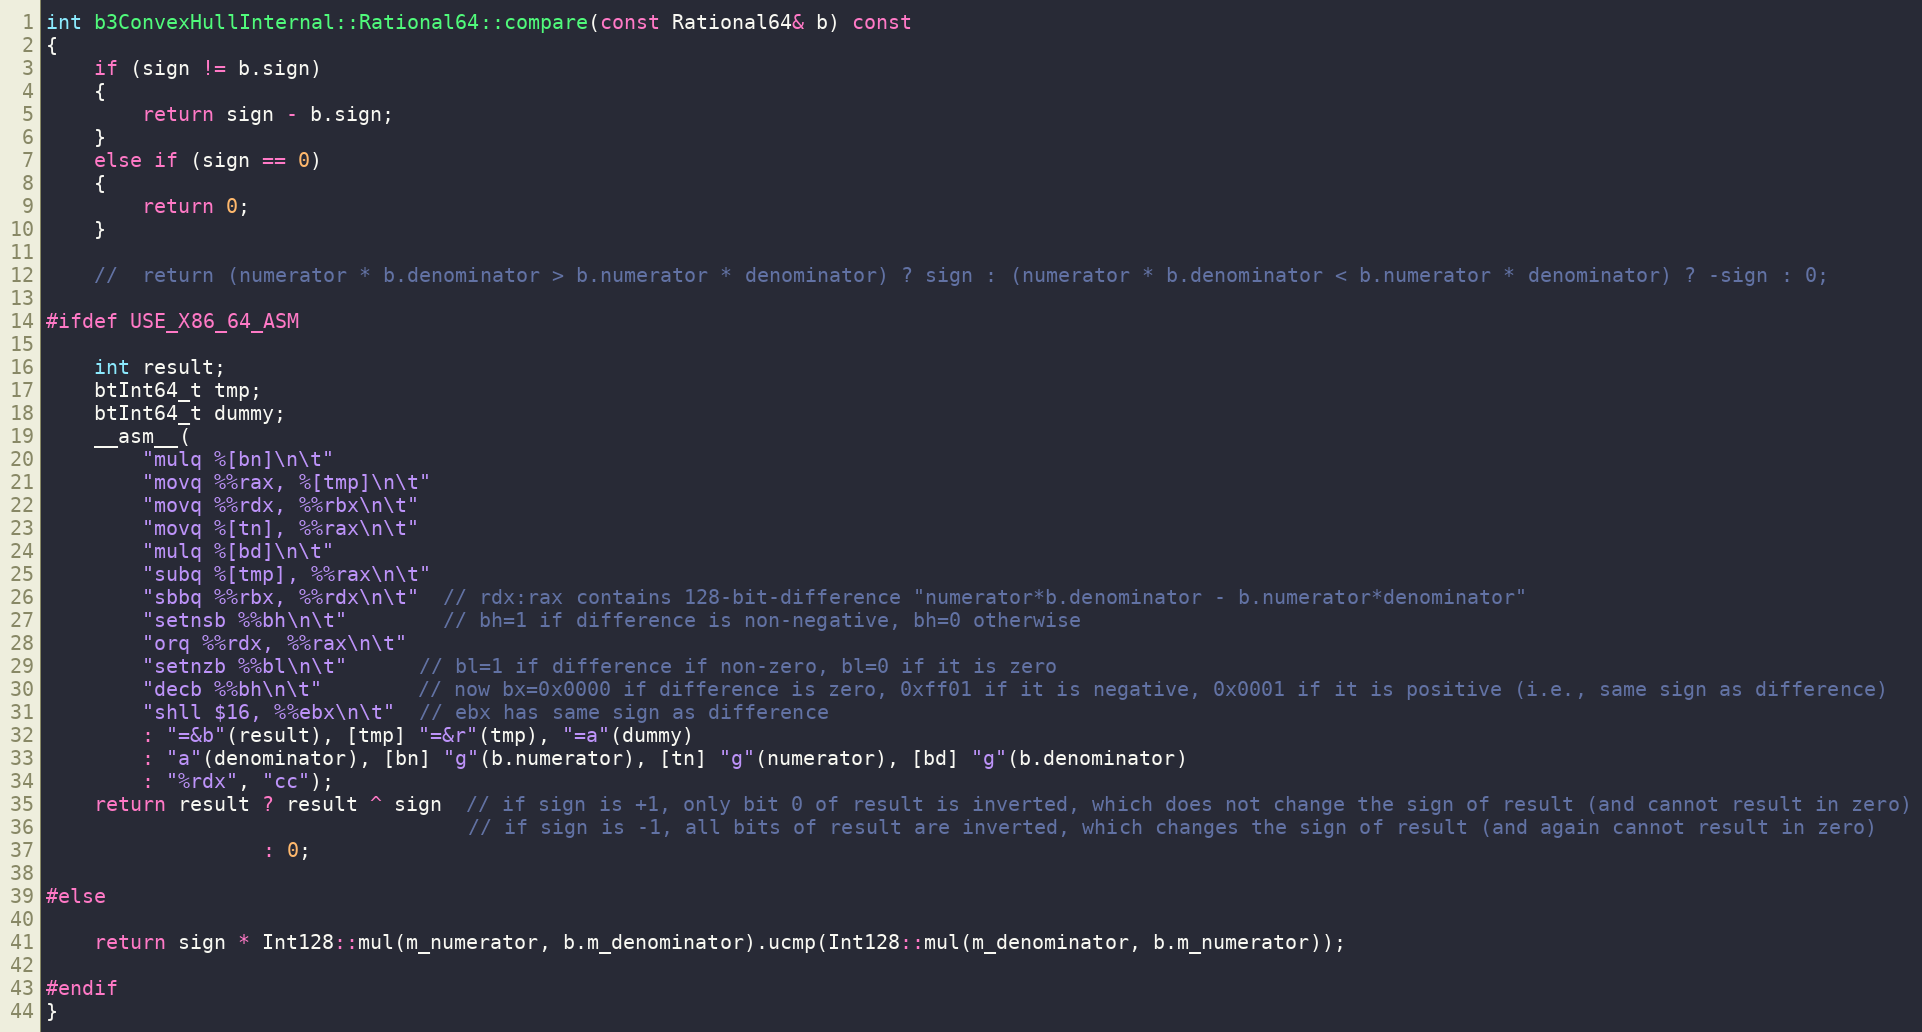
Language: C++
int b3ConvexHullInternal::Rational64::compare(const Rational64& b) const
{
	if (sign != b.sign)
	{
		return sign - b.sign;
	}
	else if (sign == 0)
	{
		return 0;
	}

	//	return (numerator * b.denominator > b.numerator * denominator) ? sign : (numerator * b.denominator < b.numerator * denominator) ? -sign : 0;

#ifdef USE_X86_64_ASM

	int result;
	btInt64_t tmp;
	btInt64_t dummy;
	__asm__(
		"mulq %[bn]\n\t"
		"movq %%rax, %[tmp]\n\t"
		"movq %%rdx, %%rbx\n\t"
		"movq %[tn], %%rax\n\t"
		"mulq %[bd]\n\t"
		"subq %[tmp], %%rax\n\t"
		"sbbq %%rbx, %%rdx\n\t"  // rdx:rax contains 128-bit-difference "numerator*b.denominator - b.numerator*denominator"
		"setnsb %%bh\n\t"        // bh=1 if difference is non-negative, bh=0 otherwise
		"orq %%rdx, %%rax\n\t"
		"setnzb %%bl\n\t"      // bl=1 if difference if non-zero, bl=0 if it is zero
		"decb %%bh\n\t"        // now bx=0x0000 if difference is zero, 0xff01 if it is negative, 0x0001 if it is positive (i.e., same sign as difference)
		"shll $16, %%ebx\n\t"  // ebx has same sign as difference
		: "=&b"(result), [tmp] "=&r"(tmp), "=a"(dummy)
		: "a"(denominator), [bn] "g"(b.numerator), [tn] "g"(numerator), [bd] "g"(b.denominator)
		: "%rdx", "cc");
	return result ? result ^ sign  // if sign is +1, only bit 0 of result is inverted, which does not change the sign of result (and cannot result in zero)
								   // if sign is -1, all bits of result are inverted, which changes the sign of result (and again cannot result in zero)
				  : 0;

#else

	return sign * Int128::mul(m_numerator, b.m_denominator).ucmp(Int128::mul(m_denominator, b.m_numerator));

#endif
}